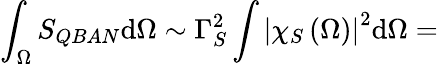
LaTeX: \int_{\Omega}S_{QBAN}\mathrm{d}\Omega\sim\Gamma_{S}^{2}\int\left|\chi_{S}\left(\Omega\right)\right|^{2}\mathrm{d}\Omega=